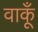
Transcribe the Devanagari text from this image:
वाकूँ